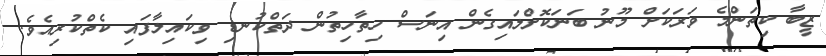
ޒީބާ ކިތަންމެ ވަރަކަށް މޫނު ބަނަކޮށްލައިގެން އިނަސް ހިތާހިތުން ދަތްކުނޑި ވިކައިލާފައި ކެތްކުރިއެވެ.